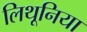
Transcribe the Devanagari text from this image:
लिथूनिया